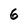
Character: 6